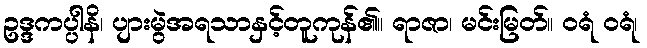
ဥဒ္ဒကပ္ပါနိ၊ ပျားမွဲအရသာနှင့်တူကုန်၏။ ရာဇာ၊ မင်းမြတ်။ ဝရံ ဝရံ၊